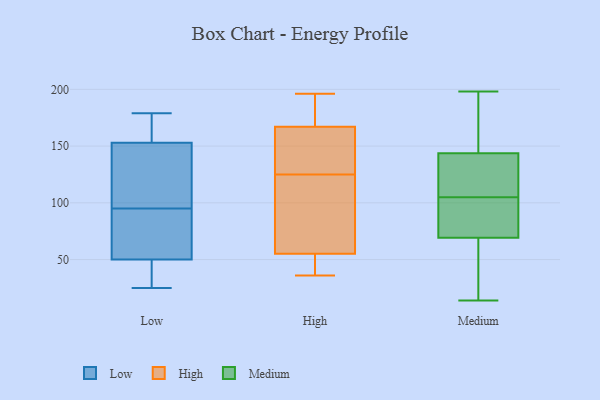
{"axis": {"x": "Churn Rate (%)", "y": "Value"}, "legend": ["High", "Low", "Medium"], "data": [{"x": "", "y": 153, "type": "Low"}, {"x": "", "y": 179, "type": "Low"}, {"x": "", "y": 91, "type": "Low"}, {"x": "", "y": 163, "type": "Low"}, {"x": "", "y": 50, "type": "Low"}, {"x": "", "y": 60, "type": "Low"}, {"x": "", "y": 116, "type": "Low"}, {"x": "", "y": 41, "type": "Low"}, {"x": "", "y": 99, "type": "Low"}, {"x": "", "y": 25, "type": "Low"}, {"x": "", "y": 185, "type": "High"}, {"x": "", "y": 160, "type": "High"}, {"x": "", "y": 166, "type": "High"}, {"x": "", "y": 55, "type": "High"}, {"x": "", "y": 36, "type": "High"}, {"x": "", "y": 170, "type": "High"}, {"x": "", "y": 196, "type": "High"}, {"x": "", "y": 74, "type": "High"}, {"x": "", "y": 137, "type": "High"}, {"x": "", "y": 47, "type": "High"}, {"x": "", "y": 71, "type": "High"}, {"x": "", "y": 125, "type": "High"}, {"x": "", "y": 55, "type": "High"}, {"x": "", "y": 143, "type": "Medium"}, {"x": "", "y": 144, "type": "Medium"}, {"x": "", "y": 158, "type": "Medium"}, {"x": "", "y": 86, "type": "Medium"}, {"x": "", "y": 198, "type": "Medium"}, {"x": "", "y": 69, "type": "Medium"}, {"x": "", "y": 110, "type": "Medium"}, {"x": "", "y": 105, "type": "Medium"}, {"x": "", "y": 14, "type": "Medium"}, {"x": "", "y": 141, "type": "Medium"}, {"x": "", "y": 178, "type": "Medium"}, {"x": "", "y": 72, "type": "Medium"}, {"x": "", "y": 116, "type": "Medium"}, {"x": "", "y": 153, "type": "Medium"}, {"x": "", "y": 32, "type": "Medium"}, {"x": "", "y": 71, "type": "Medium"}, {"x": "", "y": 27, "type": "Medium"}, {"x": "", "y": 40, "type": "Medium"}, {"x": "", "y": 70, "type": "Medium"}]}